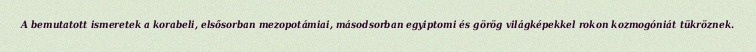
A bemutatott ismeretek a korabeli, elsősorban mezopotámiai, másodsorban egyiptomi és görög világképekkel rokon kozmogóniát tükröznek.